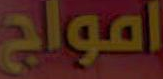
أمواج